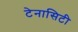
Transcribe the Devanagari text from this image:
टेनासिटी